Tartu_linnavalitsus, lk 13
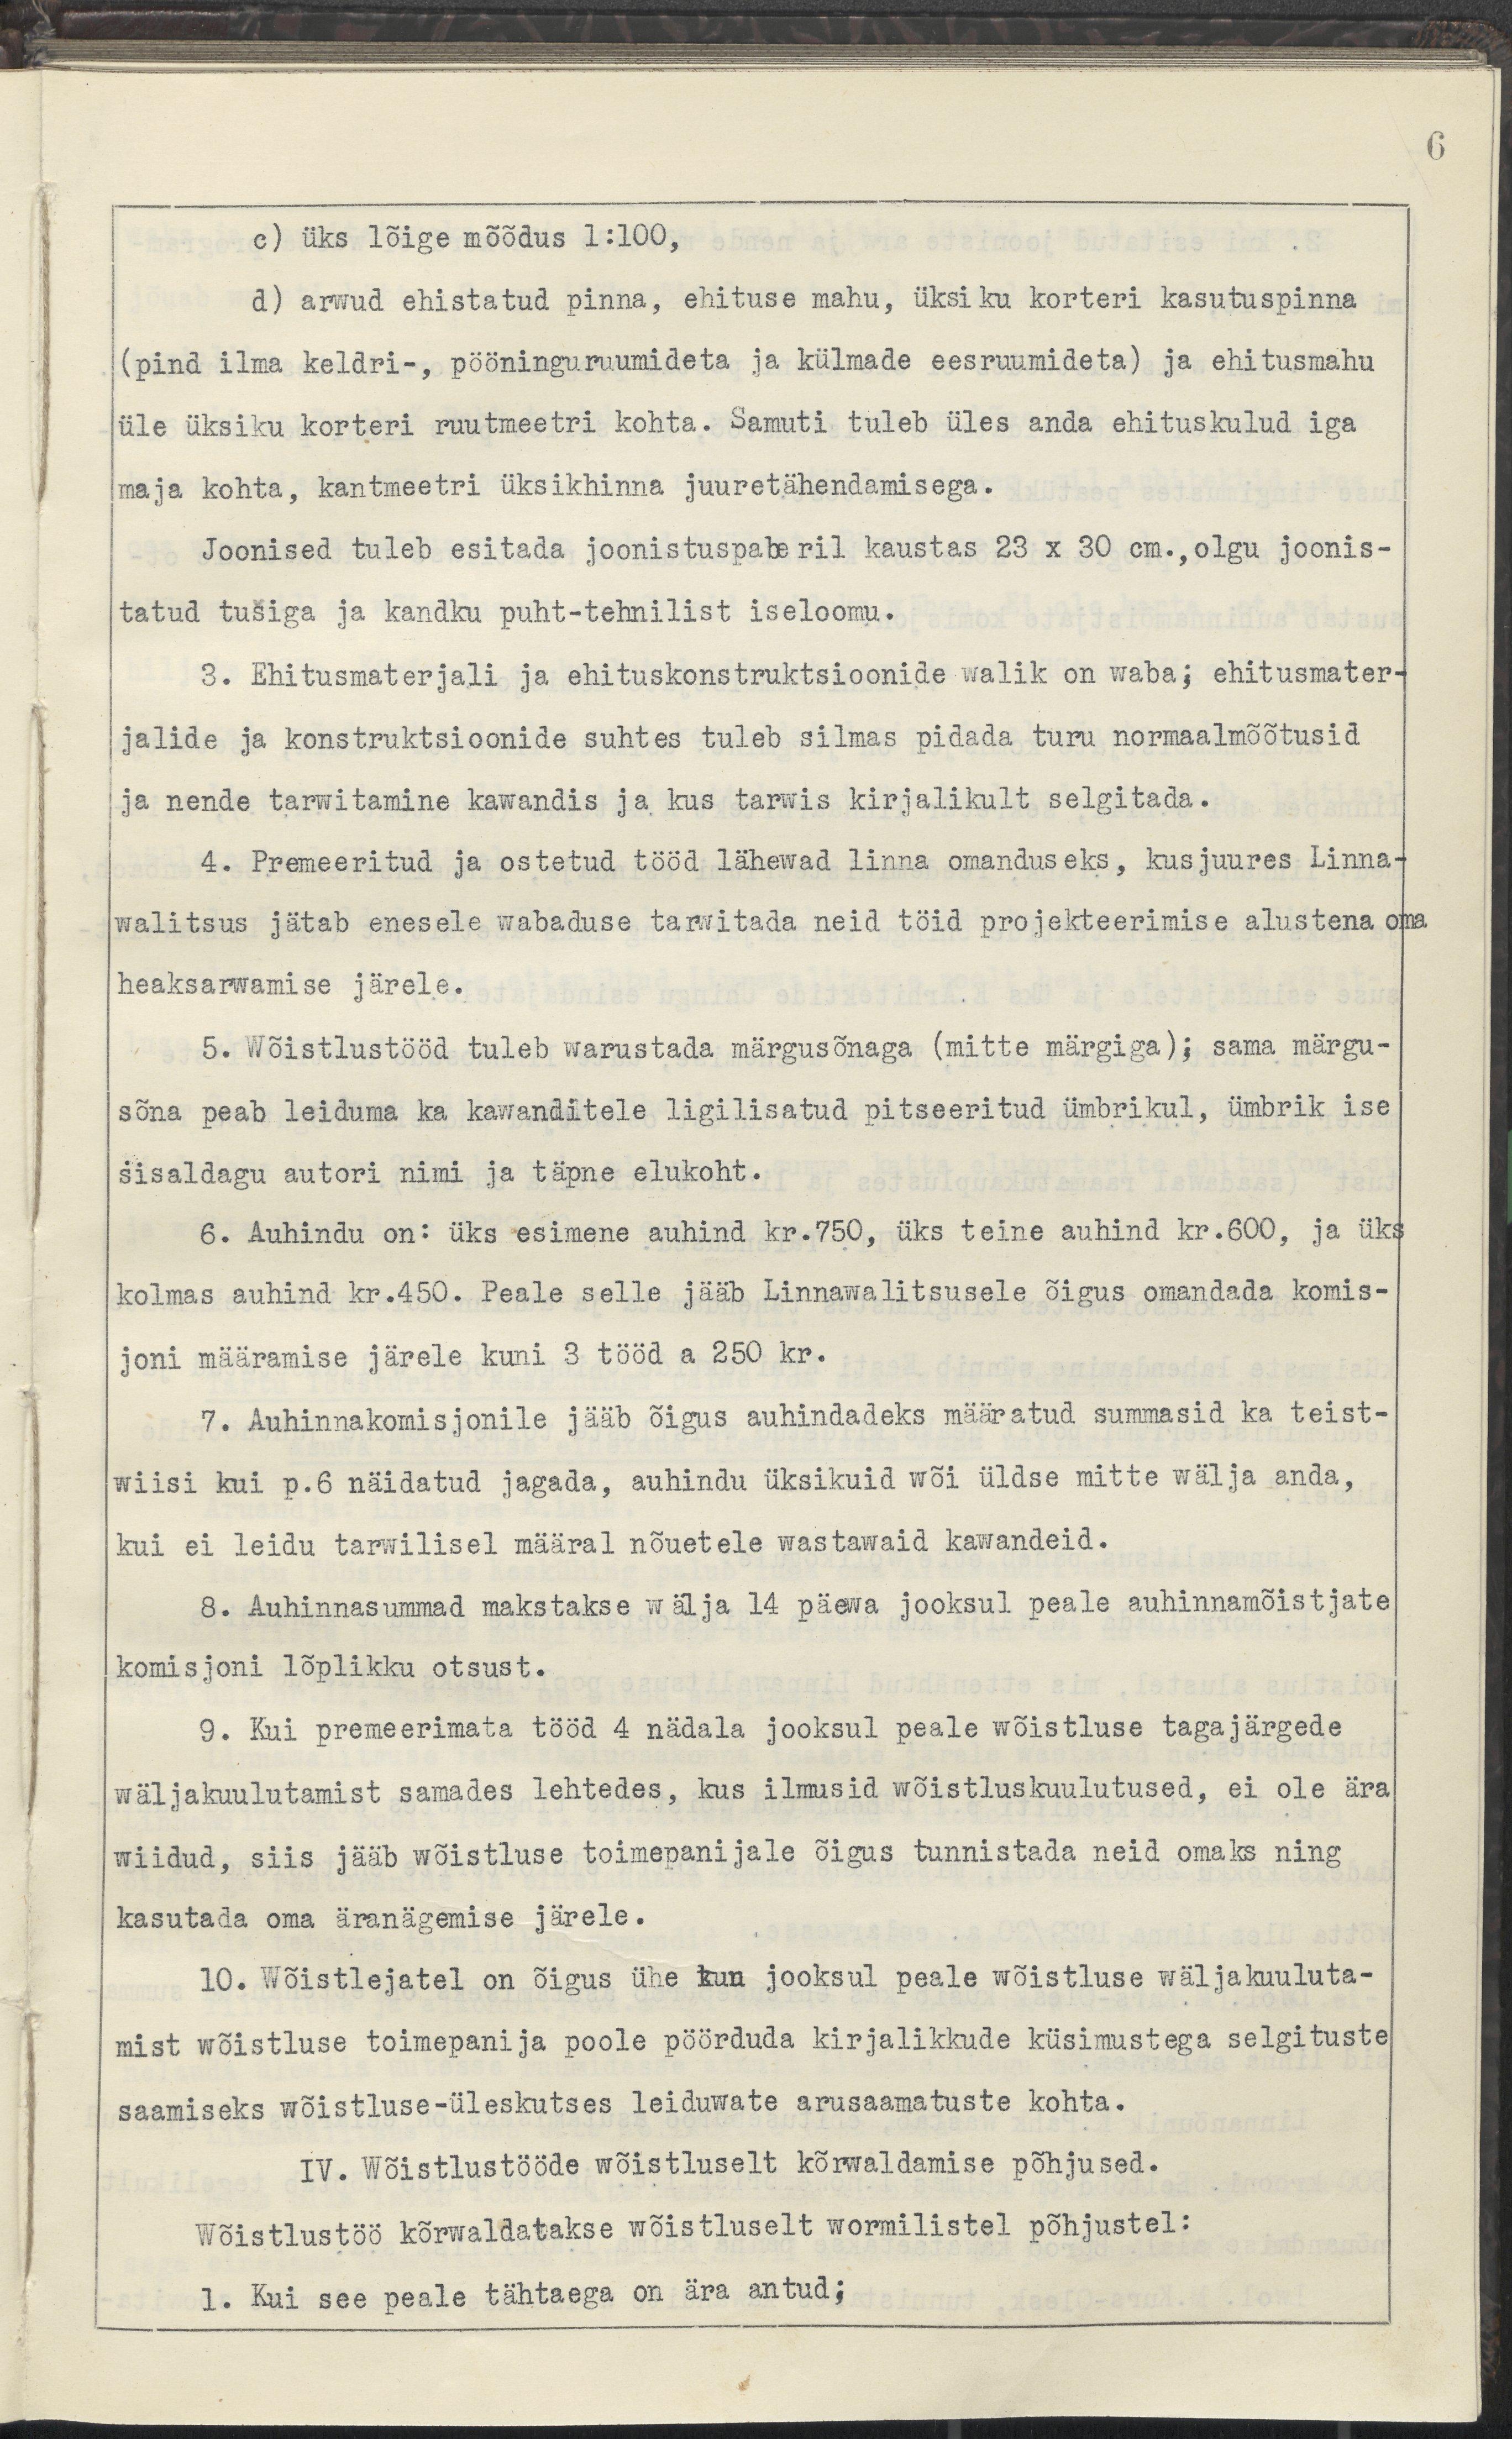
6
c) üks lõige mõõdus 1:100
d) arwud ehistatud pinna, ehituse mahu, üksi ku korteri kasutuspinna
(pind ilma keldri-, pööninguruumideta ja külmade eesruumideta) ja ehitsmahu
üle üksiku korteri ruutmeetri kohta. Samuti tuleb üles anda ehituskulud iga
maja kohta, kantmeetri üksikhinna juurdetähendamisega.
Joonised tuleb esitada joonistuspaberil kasutas 23 x 30 cm., olgu joonis-
tatud tušiga ja kandku puht-tehnilist iseloomu.
3. Ehitusmaterjali ja ehituskonstruktsioonide walik on waba; ehitusmater-
jalide ja konstruktsioonide suhtes tuleb silmas pidada turu normaalmõõtusid
ja nende tarwitamine kawandis ja kus tarwis kirjalikult selgitada.
4. Premeeritud ja ostetud tööd lähewad linna omanduseks, kusjuures Linna-
walitsus jätab enesele wabaduse tarwitada neid töid projekteerimise alustena oma
heaksarwamise järele.
5. Wõistlustööd tuleb warustada märgusõnaga (mitte märgiga); sama märgu-
sõna peab leiduma ka kawanditele ligilisatud pitseeritud ümbrikuk, übrik ise
sisaldab autori nimi ja täpne elukoht
6. Auhindu on: üks esimene auhind kr.750, üks teine auhind kr.600, ja üks
kolmas auhind kr.450. Peale selle jääb Linnawalitsusele õigus omandada komis-
joni määramise järele kuni 3 tööd a 250 kr.
7. Auhinnakomisjonile jääb õigus auhindadeks määratud summasid ka teist-
wiisi kui p.6 näidatud jagada, auhindu üksikuid wõi üldse mitte wälja anda,
kui ei leidu tarwilisel määral nõuetele wastawaid kawandeid.
8. Auhinnasummad maksakse wälja 14 päeva jooksul peale auhinnamõistjate
komisjoni lõplikku otsust.
9. Kui premeerimata tööd 4 nädala jooksul peale wõistluse tagajärgede
wäljakuulutamist samades lehtedes, kus ilmusid wõistluskuulutused, ei ole ära
wiidud, siis jääb wõistluse toimepanijale õigus tunnistada neid omaks ning
kasutada oma äranägemise järeke.
10. wõistlejatel on õigus ühe kuu jooksul peale wõistluse wäljakuuluta-
mist wõistluse toimepanija poole pöörduda kirjalikkude küsimustega selgitusre
saamiseks wõistluuse-üleskutses leiduwate arusaamatuste kohta.
IV. Wõistlustööde wõistluselt kõrwaldamise põhjused.
Wõistlustöö kõrwaldatakse wõistluselt wormilistel põhjustel:
1. Kui see peale tähtaega on ära antud;